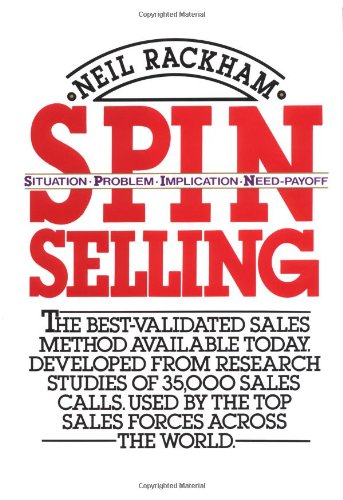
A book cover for SPIN Selling; Neil Rackham; Business & Money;